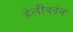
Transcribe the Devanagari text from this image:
हेलीबर्टन